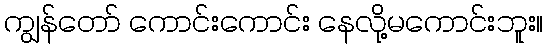
ကျွန်တော် ကောင်းကောင်း နေလို့မကောင်းဘူး။